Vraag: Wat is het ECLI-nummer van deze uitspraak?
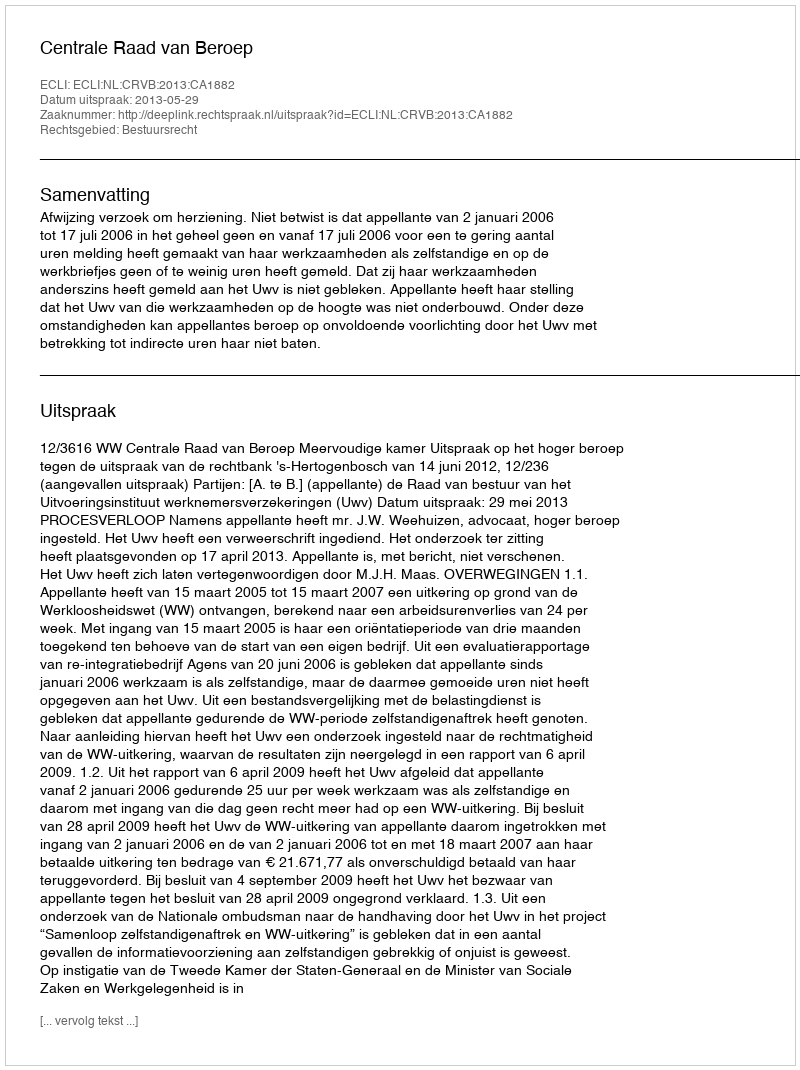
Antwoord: ECLI:NL:CRVB:2013:CA1882